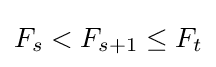
{\textstyle F_{s}<F_{s+1}\leq F_{t}}